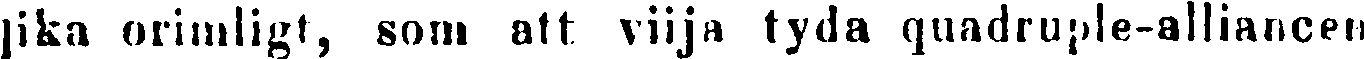
|ika orimligt, som att viija tyda quadruple-alliancen